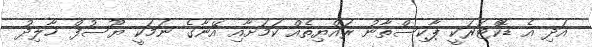
އަދި އެ ޑޮކްޓަރަކީ ޕާކިސްތާނު ރައްޔިތެއް ކަމަށާއި އޭނާގެ ނަމަކީ ޔޫސުފް ޚާލިދު